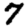
Digit: 7